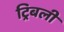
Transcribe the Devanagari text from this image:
ट्रिबली